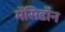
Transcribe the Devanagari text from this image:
मॅसिडॉन